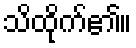
သိထိုက်၏။